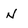
Character: n